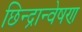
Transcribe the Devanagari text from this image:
छिन्द्रान्वेषण